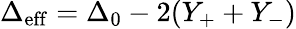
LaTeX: \Delta_{\mathrm{eff}}=\Delta_{0}-2(Y_{+}+Y_{-})